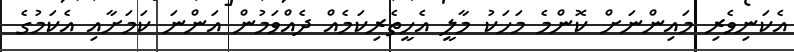
އެކަނިވެރި މައިންނަށް ކޮންމެ މަހަކު މާލީ އެހީތެރިކަމެއް ދެއްވަމުން އަންނަ ކަމަށާއި އެކަމުގެ